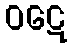
ဝဋေ